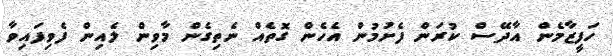
ހަފީޒާމެން އާދޭސް ކުރަން ފެށުމުން އެހެން ގޮތެއް ނެތިގެން މާވިން ލެއިން ފެވިފައިވާ